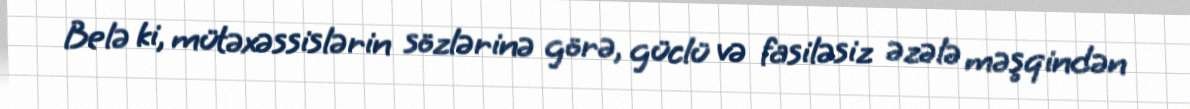
Belə ki, mütəxəssislərin sözlərinə görə, güclü və fasiləsiz əzələ məşqindən